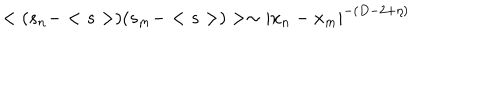
< ( s _ { n } - < s > ) ( s _ { m } - < s > ) > \sim | x _ { n } - x _ { m } | ^ { - ( D - 2 + \eta ) }